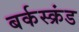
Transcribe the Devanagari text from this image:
बर्कस्क्रंड